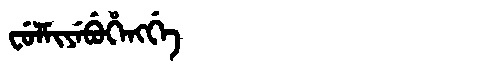
Manchu: ᠸᡠᠯᠮᡳᠶᡝᠪᡠᡥᡝᠩᡤᡝ
Romanization: FULMIYEBUHENGGE